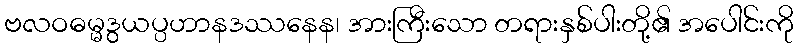
ဗလဝဓမ္မဒွယပ္ပဟာနဒဿနေန၊ အားကြီးသော တရားနှစ်ပါးတို့၏ အပေါင်းကို